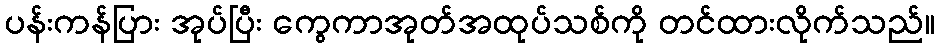
ပန်းကန်ပြား အုပ်ပြီး ကွေကာအုတ်အထုပ်သစ်ကို တင်ထားလိုက်သည်။